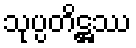
သုပ္ပတိဋ္ဌဿ